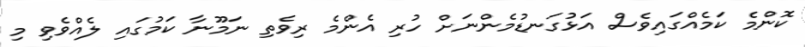
ކޮންމެ ކަމެއްގައިވެސް އަޅުގަނޑުމެންނަށް ހުރި އެންމެ ރިވެތި ނަމޫނާ ކަމުގައި ލެއްވެވި މި